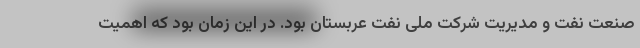
صنعت نفت و مدیریت شرکت ملی نفت عربستان بود. در این زمان بود که اهمیت